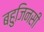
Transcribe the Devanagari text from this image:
बहुजिनसी